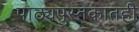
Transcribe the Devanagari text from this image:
पाठ्यपुस्तकातही